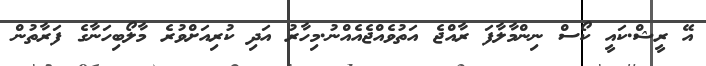
އޭ ރީޝް.ކައީ ކޯސް ނިންމާލާފަ ރާއްޖެ އަތުވެއްޖެއެއްނު.މިހާރު އަދި ކުރިއަށްވުރެ މާލޯބިހަނާގެ ފަރާތުން